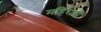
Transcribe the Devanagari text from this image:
महिराबी